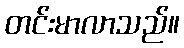
တင်းမာလာသည်။